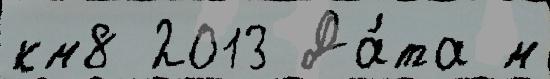
км8 2013 Да́та м